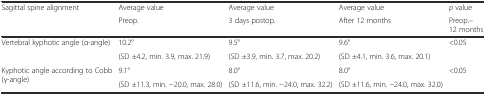
<table><thead><tr><td rowspan="2"><b>Sagittal spine alignment</b></td><td><b>Average value</b></td><td><b>Average value</b></td><td><b>Average value</b></td><td><b><i>p</i> value</b></td></tr><tr><td><b>Preop.</b></td><td><b>3 days postop.</b></td><td><b>After 12 months</b></td><td><b>Preop.–12 months</b></td></tr></thead><tbody><tr><td rowspan="2">Vertebral kyphotic angle (α-angle)</td><td>10.2°</td><td>9.5°</td><td>9.6°</td><td rowspan="2">&lt;0.05</td></tr><tr><td>(SD ±4.2, min. 3.9, max. 21.9)</td><td>(SD ±3.9, min. 3.7, max. 20.2)</td><td>(SD ±4.1, min. 3.6, max. 20.1)</td></tr><tr><td rowspan="2">Kyphotic angle according to Cobb (γ-angle)</td><td>9.1°</td><td>8.0°</td><td>8.0°</td><td rowspan="2">&lt;0.05</td></tr><tr><td>(SD ±11.3, min. −20.0, max. 28.0)</td><td>(SD ±11.6, min. −24.0, max. 32.2)</td><td>(SD ±11.6, min. −24.0, max. 32.0)</td></tr></tbody></table>